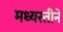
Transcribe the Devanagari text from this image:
मध्यस्तीने